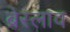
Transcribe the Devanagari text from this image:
ब्रेस्लाव